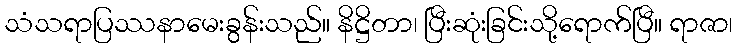
သံသရာပြဿနာမေးခွန်းသည်။ နိဋ္ဌိတာ၊ ပြီးဆုံးခြင်းသို့ရောက်ပြီ။ ရာဇာ၊